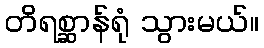
တိရစ္ဆာန်ရုံ သွားမယ်။